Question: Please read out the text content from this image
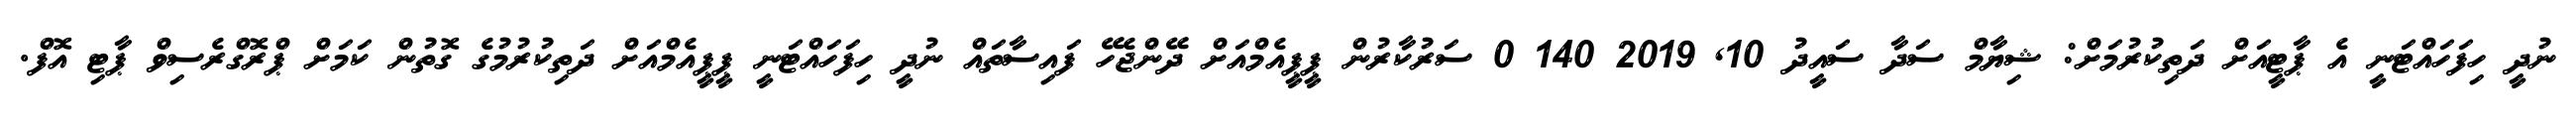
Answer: ނުދީ ހިފަހައްޓަނީ އެ ޕާޓީއަށް ދަތިކުރުމަށް: ޝިޔާމް ސަދާ ސައީދު 10, 2019 140 0 ސަރުކާރުން ޕީޕީއެމްއަށް ދޭންޖެހޭ ފައިސާތައް ނުދީ ހިފަހައްޓަނީ ޕީޕީއެމްއަށް ދަތިކުރުމުގެ ގޮތުން ކަމަށް ޕްރޮގްރެސިވް ޕާޓި އޮފް.